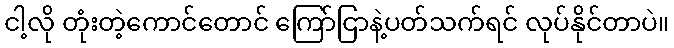
ငါ့လို တုံးတဲ့ကောင်တောင် ကြော်ငြာနဲ့ပတ်သက်ရင် လုပ်နိုင်တာပဲ။